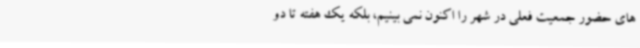
های حضور جمعیت فعلی در شهر را اکنون نمی بینیم، بلکه یک هفته تا دو